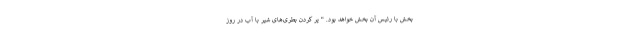
بخش با رئیس آن بخش خواهد بود. " پر کردن بطری‌های شیر با آب در روز